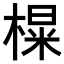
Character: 𪳑